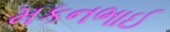
મકનભાઈ